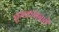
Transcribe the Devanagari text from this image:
शुभकामनायें